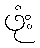
ဖုံး